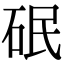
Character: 䂥